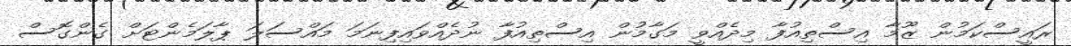
ރައީސްކަމުން ޒޫމާ އިސްތިއުފާ މިދެއްވީ މަގާމުން އިސްތިއުފާ ނުދެއްވައިފިނަމަ މައްސަލަ ޕާލަމެންޓަށް ގެންގޮސް